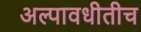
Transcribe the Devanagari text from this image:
अल्पावधीतीच